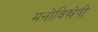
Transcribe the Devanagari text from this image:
मनोविश्लेषी